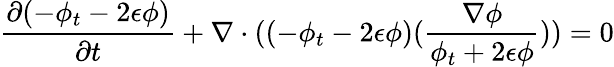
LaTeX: \frac{\partial(-\phi_{t}-2\epsilon\phi)}{\partial t}+\nabla\cdot((-\phi_{t}-2\epsilon\phi)(\frac{\nabla\phi}{\phi_{t}+2\epsilon\phi}))=0